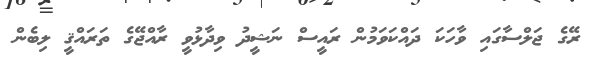
ރޭގެ ޖަލްސާގައި ވާހަކަ ދައްކަވަމުން ރައީސް ނަޝީދު ވިދާޅުވީ ރާއްޖޭގެ ތަރައްޤީ ލިބެން